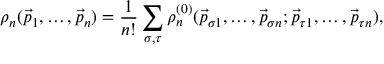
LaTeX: \rho _ { n } ( \vec { p } _ { 1 } , \ldots , \vec { p } _ { n } ) = \frac { 1 } { n ! } \sum _ { \sigma , \tau } \rho _ { n } ^ { ( 0 ) } ( \vec { p } _ { \sigma 1 } , \ldots , \vec { p } _ { \sigma n } ; \vec { p } _ { \tau 1 } , \ldots , \vec { p } _ { \tau n } ) ,